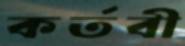
কর্তবী